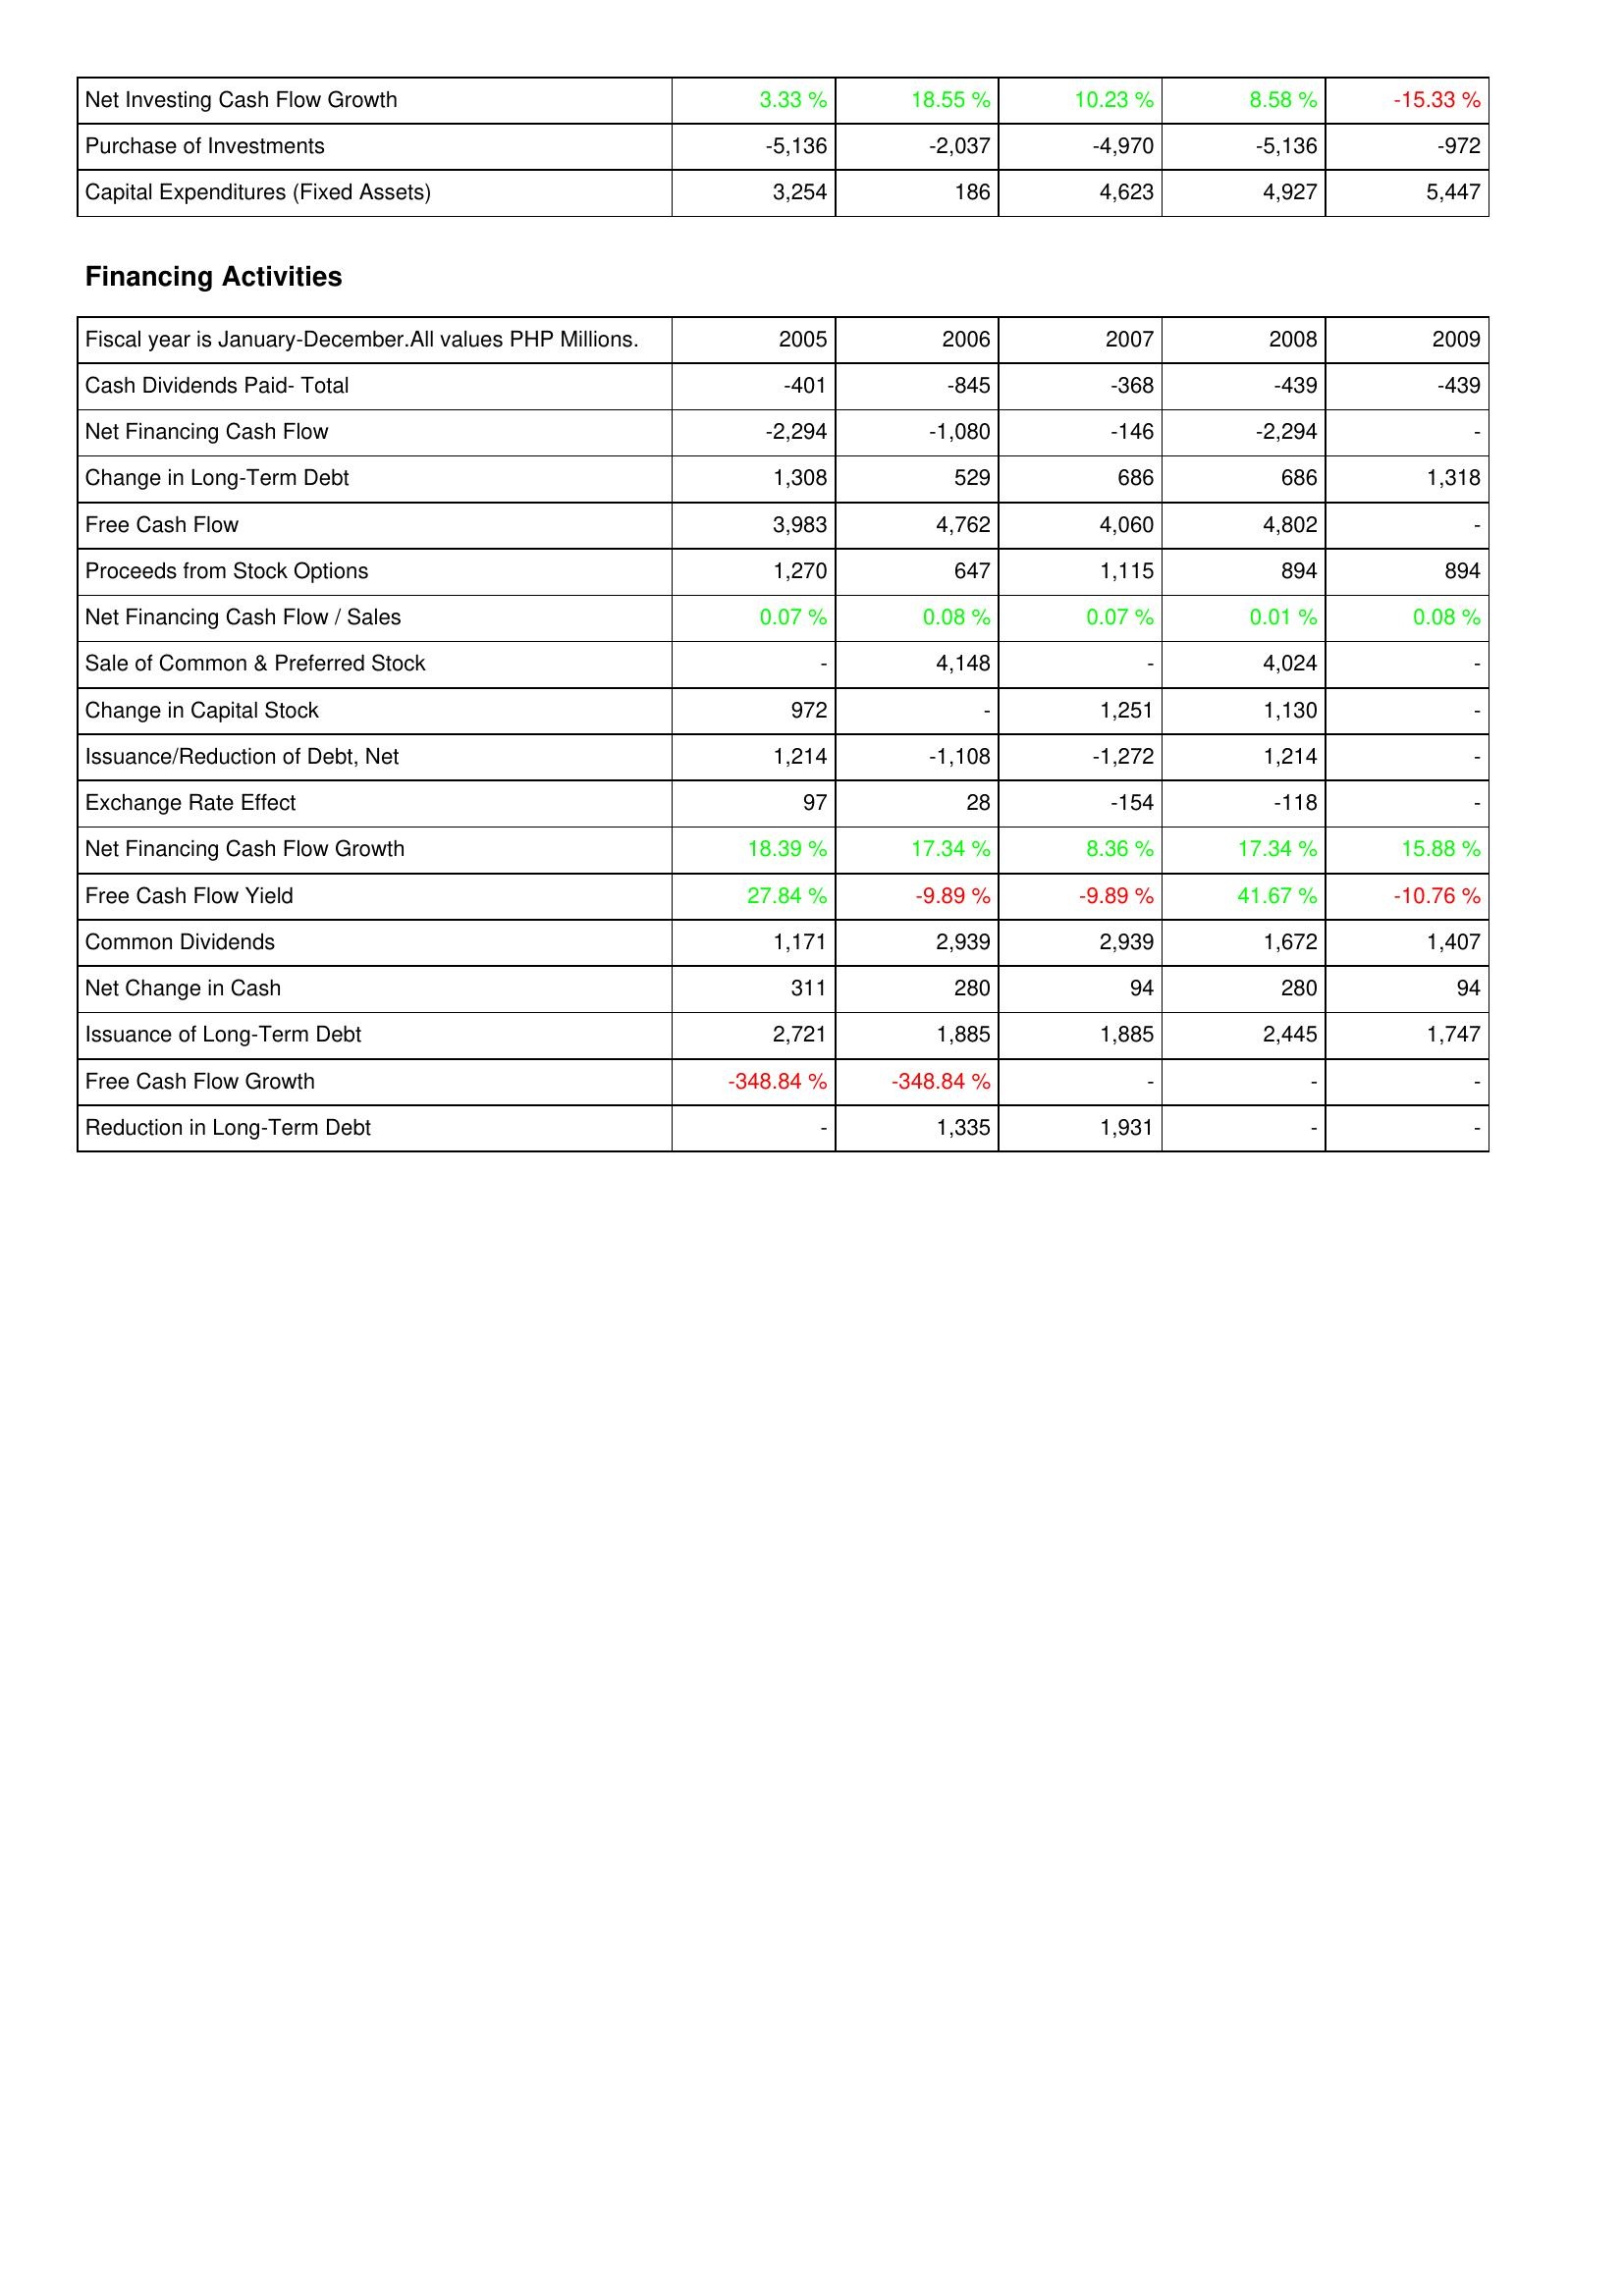
2005: Investing Activities: Net Investing Cash Flow Growth: 3.33 %
Purchase of Investments: -5,136
Capital Expenditures (Fixed Assets): 3,254
Financing Activities: Cash Dividends Paid- Total: -401
Net Financing Cash Flow: -2,294
Change in Long-Term Debt: 1,308
Free Cash Flow: 3,983
Proceeds from Stock Options: 1,270
Net Financing Cash Flow / Sales: 0.07 %
Sale of Common & Preferred Stock: -
Change in Capital Stock: 972
Issuance/Reduction of Debt, Net: 1,214
Exchange Rate Effect: 97
Net Financing Cash Flow Growth: 18.39 %
Free Cash Flow Yield: 27.84 %
Common Dividends: 1,171
Net Change in Cash: 311
Issuance of Long-Term Debt: 2,721
Free Cash Flow Growth: -348.84 %
Reduction in Long-Term Debt: -
2006: Investing Activities: Net Investing Cash Flow Growth: 18.55 %
Purchase of Investments: -2,037
Capital Expenditures (Fixed Assets): 186
Financing Activities: Cash Dividends Paid- Total: -845
Net Financing Cash Flow: -1,080
Change in Long-Term Debt: 529
Free Cash Flow: 4,762
Proceeds from Stock Options: 647
Net Financing Cash Flow / Sales: 0.08 %
Sale of Common & Preferred Stock: 4,148
Change in Capital Stock: -
Issuance/Reduction of Debt, Net: -1,108
Exchange Rate Effect: 28
Net Financing Cash Flow Growth: 17.34 %
Free Cash Flow Yield: -9.89 %
Common Dividends: 2,939
Net Change in Cash: 280
Issuance of Long-Term Debt: 1,885
Free Cash Flow Growth: -348.84 %
Reduction in Long-Term Debt: 1,335
2007: Investing Activities: Net Investing Cash Flow Growth: 10.23 %
Purchase of Investments: -4,970
Capital Expenditures (Fixed Assets): 4,623
Financing Activities: Cash Dividends Paid- Total: -368
Net Financing Cash Flow: -146
Change in Long-Term Debt: 686
Free Cash Flow: 4,060
Proceeds from Stock Options: 1,115
Net Financing Cash Flow / Sales: 0.07 %
Sale of Common & Preferred Stock: -
Change in Capital Stock: 1,251
Issuance/Reduction of Debt, Net: -1,272
Exchange Rate Effect: -154
Net Financing Cash Flow Growth: 8.36 %
Free Cash Flow Yield: -9.89 %
Common Dividends: 2,939
Net Change in Cash: 94
Issuance of Long-Term Debt: 1,885
Free Cash Flow Growth: -
Reduction in Long-Term Debt: 1,931
2008: Investing Activities: Net Investing Cash Flow Growth: 8.58 %
Purchase of Investments: -5,136
Capital Expenditures (Fixed Assets): 4,927
Financing Activities: Cash Dividends Paid- Total: -439
Net Financing Cash Flow: -2,294
Change in Long-Term Debt: 686
Free Cash Flow: 4,802
Proceeds from Stock Options: 894
Net Financing Cash Flow / Sales: 0.01 %
Sale of Common & Preferred Stock: 4,024
Change in Capital Stock: 1,130
Issuance/Reduction of Debt, Net: 1,214
Exchange Rate Effect: -118
Net Financing Cash Flow Growth: 17.34 %
Free Cash Flow Yield: 41.67 %
Common Dividends: 1,672
Net Change in Cash: 280
Issuance of Long-Term Debt: 2,445
Free Cash Flow Growth: -
Reduction in Long-Term Debt: -
2009: Investing Activities: Net Investing Cash Flow Growth: -15.33 %
Purchase of Investments: -972
Capital Expenditures (Fixed Assets): 5,447
Financing Activities: Cash Dividends Paid- Total: -439
Net Financing Cash Flow: -
Change in Long-Term Debt: 1,318
Free Cash Flow: -
Proceeds from Stock Options: 894
Net Financing Cash Flow / Sales: 0.08 %
Sale of Common & Preferred Stock: -
Change in Capital Stock: -
Issuance/Reduction of Debt, Net: -
Exchange Rate Effect: -
Net Financing Cash Flow Growth: 15.88 %
Free Cash Flow Yield: -10.76 %
Common Dividends: 1,407
Net Change in Cash: 94
Issuance of Long-Term Debt: 1,747
Free Cash Flow Growth: -
Reduction in Long-Term Debt: -